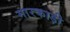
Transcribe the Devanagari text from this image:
मारकाड़ी